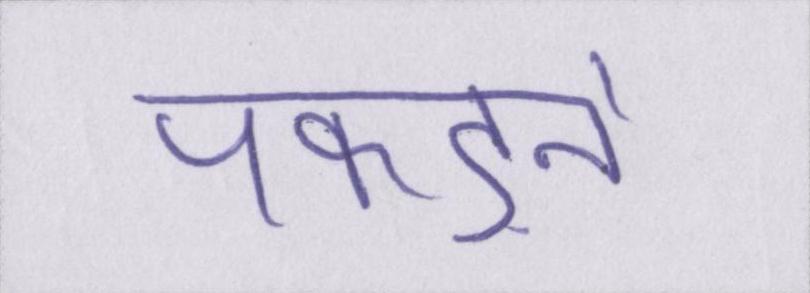
पकड़ने